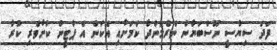
ފަދަ ސިޔާސީ ނޫސްބަޔާން ނެރެމުންދާ ކަމަށާއި އެކަން އެ ޕާޓީން ކުށްވެރި ކުރާ